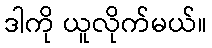
ဒါကို ယူလိုက်မယ်။